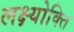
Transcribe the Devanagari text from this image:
लक्ष्योक्ति